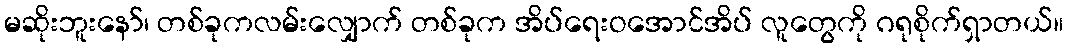
မဆိုးဘူးနော်၊ တစ်ခုကလမ်းလျှောက် တစ်ခုက အိပ်ရေးဝအောင်အိပ် လူတွေကို ဂရုစိုက်ရှာတယ်။